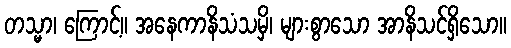
တသ္မာ၊ ကြောင့်။ အနေကာနိသံသမှိ၊ များစွာသော အာနိသင်ရှိသော။